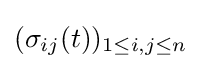
(\sigma _{ij}(t))_{1\leq i,j\leq n}